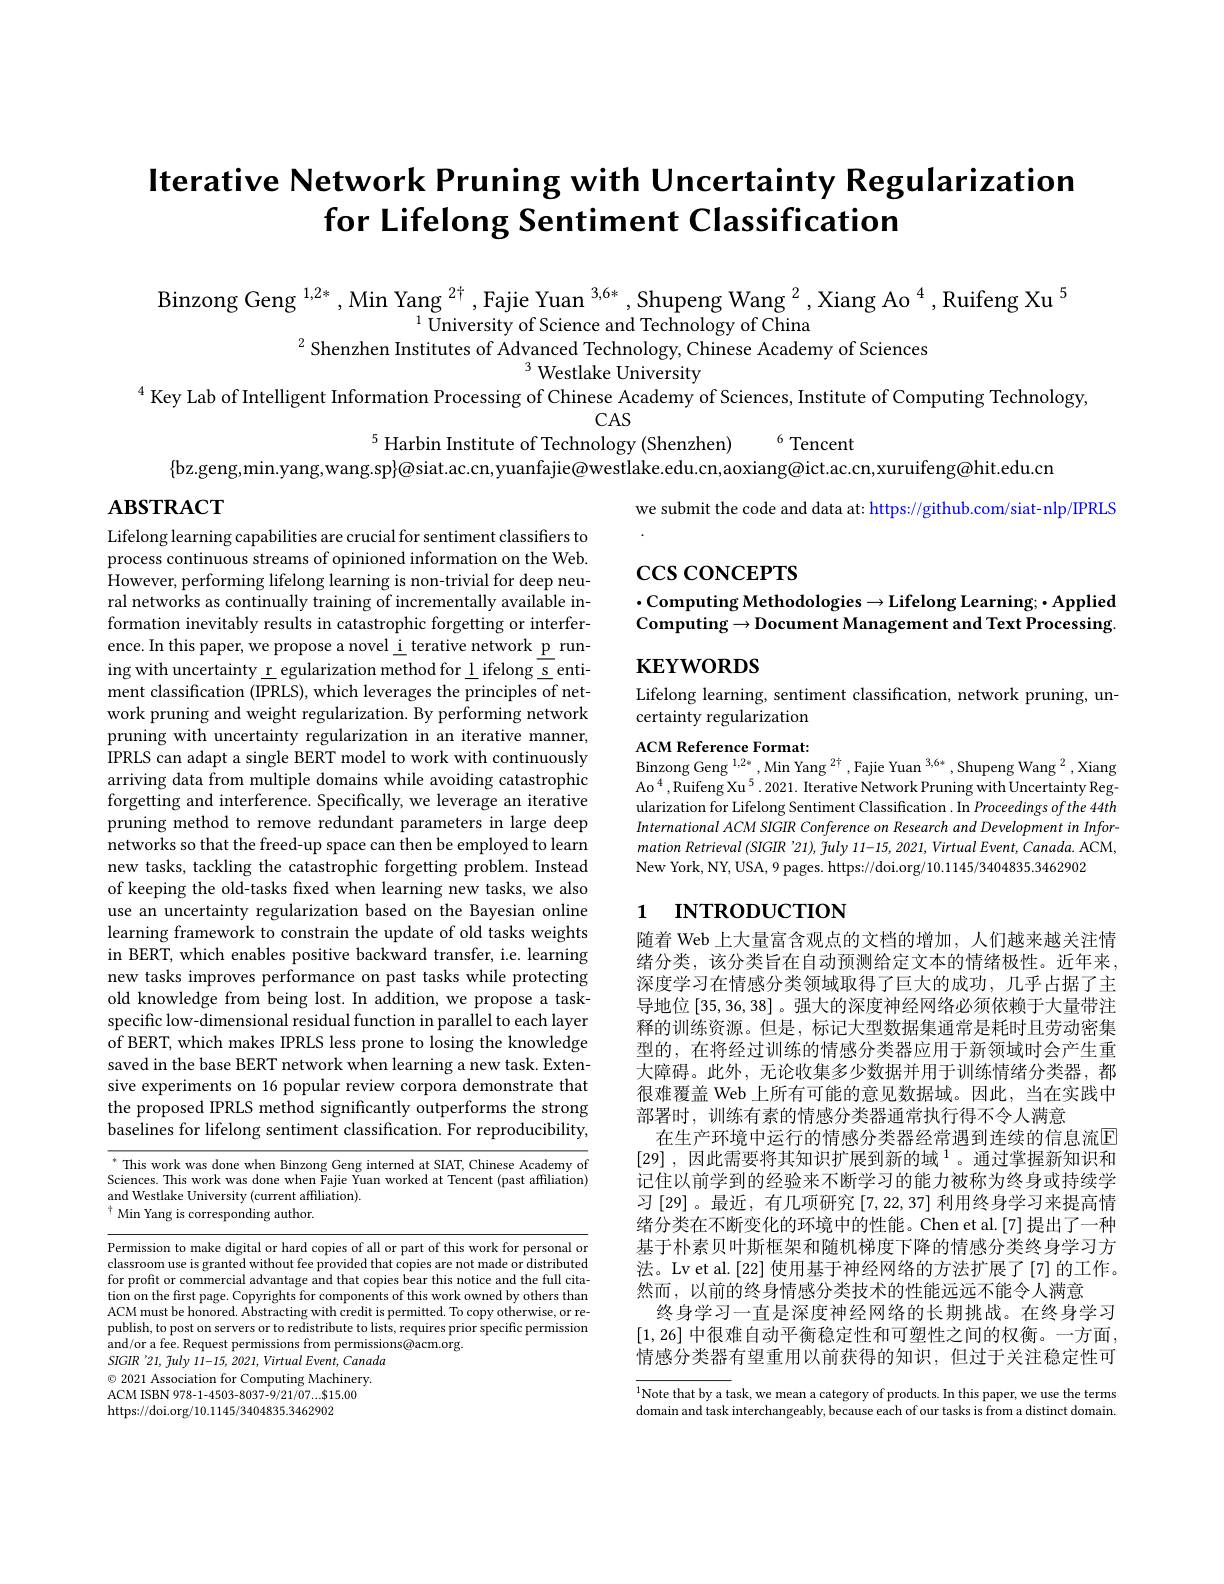
# Iterative Network Pruning with Uncertainty Regularization for Lifelong Sentiment Classification

Binzong Geng $^{1,2*}$, Min Yang $^{2\text{}}$, Fajie Yuan $^{3,6*}$, Shupeng Wang $^{2}$, Xiang Ao $^{4}$, Ruifeng Xu $^{5}$
$^{1}$University of Science and Technology of China
$^2$Shenzhen Institutes of Advanced Technology, Chinese Academy of Sciences
$^3$ Westlake University
$^{4}$ Key Lab of Intelligent Information Processing of Chinese Academy of Sciences, Institute of Computing Technology,
$\begin{array}{c}\mathrm{CAS}\\\mathrm{Harbin~Institute~of~Technology~(Shenzhen)}\end{array}$6Tencent

$\{$bz.geng,min.yang,wang.sp$\}$@siat.ac.cn,yuanfajie@westlake.edu.cn,aoxiang@ict.ac.cn,xuruifeng@hit.edu.cn

# $\mathbf{ABSTRACT}$

we submit the code and data at: https://github.com/siat-nlp/IPRLS

$\csc\csc$coNCEPTS

## $\cdot$Computing Methodologies$\to$Lifelong Learning;$\bullet$Applied Computing$\to$Document Management and Text Processing.

# $\mathbf{KEYWORDS}$

Lifelong learning, sentiment classification, network pruning, un-
certainty regularization

ACM Reference Format:
$\mathrm{Binzong~Geng~}^{1, 2* }, \mathrm{Min~Yang~}^{2\dagger }, \mathrm{Fajie~Yuan~}^{3, 6* }, \mathrm{Shupeng~Wang~}^{2}$,Xiang $\mathrm{Ao}^{4},\bar{\text{Ruifeng Xu}}^{5}.2021.$ Iterative Network Pruning with Uncertainty Regularization for Lifelong Sentiment Classification . In Proceedings of the 44th International ACM SIGIR Conference on Research and Development in Information Retrieval (SIGIR'21), fuly 11-15, 2021, Virtual Event, Canada. ACM, New York, NY, USA, 9 pages. https://doi.org/10.1145/3404835.3462902

Lifelong learning capabilities are crucial for sentiment classifiers to process continuous streams of opinioned information on the Web. However, performing lifelong learning is non-trivial for deep neural networks as continually training of incrementally available information inevitably results in catastrophic forgetting or interference. In this paper, we propose a novel i terative network p runing with uncertainty r egularization method for l ifelong s entiment classification (IPRLS), which leverages the principles of network pruning and weight regularization. By performing network pruning with uncertainty regularization in an iterative manner, IPRLS can adapt a single BERT model to work with continuously arriving data from multiple domains while avoiding catastrophic forgetting and interference. Specifically, we leverage an iterative pruning method to remove redundant parameters in large deep networks so that the freed-up space can then be employed to learn new tasks, tackling the catastrophic forgetting problem. Instead of keeping the old-tasks fixed when learning new tasks, we also use an uncertainty regularization based on the Bayesian online learning framework to constrain the update of old tasks weights in BERT, which enables positive backward transfer, i.e. learning new tasks improves performance on past tasks while protecting old knowledge from being lost. In addition, we propose a taskspecific low-dimensional residual function in parallel to each layer of BERT, which makes IPRLS less prone to losing the knowledge saved in the base BERT network when learning a new task. Extensive experiments on 16 popular review corpora demonstrate that the proposed IPRLS method significantly outperforms the strong baselines for lifelong sentiment classification. For reproducibility, $\mathrm{~}^*$This work was done when Binzong Geng interned at SIAT, Chinese Academy of

# 1 INTRODUCTION

随着 Web 上大量富含观点的文档的增加，人们越来越关注情绪分类，该分类旨在自动预测给定文本的情绪极性。近年来， 深度学习在情感分类领域取得了巨大的成功，几乎占据了主导地位[35,36,38] 。强大的深度神经网络必须依赖于大量带注释的训练资源。但是，标记大型数据集通常是耗时且劳动密集型的，在将经过训练的情感分类器应用于新领域时会产生重大障碍。此外，无论收集多少数据并用于训练情绪分类器，都很难覆盖 Web 上所有可能的意见数据域。因此，当在实践中部署时，训练有素的情感分类器通常执行得不令人满意
在生产环境中运行的情感分类器经常遇到连续的信息流$\overline{\mathrm{E}}$ [29] , $因 此 需 要 将 其 知 识 扩 展 到 新 的 域 ^{1}$。通过掌握新知识和记住以前学到的经验来不断学习的能力被称为终身或持续学习[29]。最近，有几项研究[7,22,37] 利用终身学习来提高情绪分类在不断变化的环境中的性能。Chen et al.[7]提出了一种基于朴素贝叶斯框架和随机梯度下降的情感分类终身学习方法。Lv et al.[22] 使用基于神经网络的方法扩展了[7] 的工作。然而，以前的终身情感分类技术的性能远远不能令人满意
终身学习一直是深度神经网络的长期挑战。在终身学习[1,26]中很难自动平衡稳定性和可塑性之间的权衡。一方面， 情感分类器有望重用以前获得的知识，但过于关注稳定性可

Sciences. This work was done when Fajie Yuan worked at Tencent (past affliation)
and Westlake University (current affiliation).
$^{\dagger}$ Min Yang is corresponding author.

Permission to make digital or hard copies of all or part of this work for personal or classroom use is granted without fee provided that copies are not made or distributed for profit or commercial advantage and that copies bear this notice and the full citation on the first page. Copyrights for components of this work owned by others than ACM must be honored. Abstracting with credit is permitted. To copy otherwise, or republish, to post on servers or to redistribute to lists, requires prior specific permission and/or a fee. Request permissions from permissions@acm.org.
SIGIR '21, fuly 11-15, 2021, Virtual Event, Canada $\odot$ 2021 Association for Computing Machinery. ACM ISBN 978-1-4503-8037-9/21/07....$15.00 https://doi.org/10.1145/3404835.3462902

$^{1}$Note that by a task, we mean a category of products. In this paper, we use the terms domain and task interchangeably, because each of our tasks is from a distinct domain